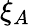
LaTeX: \xi_{A}